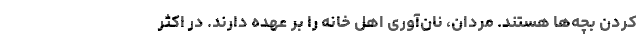
کردن بچه‌ها هستند. مردان، نان‌آوری اهل خانه را بر عهده دارند. در اکثر